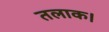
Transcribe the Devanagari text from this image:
तलाक।